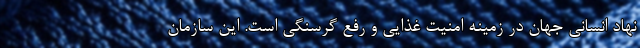
نهاد انسانی جهان در زمینه امنیت غذایی و رفع گرسنگی است. این سازمان